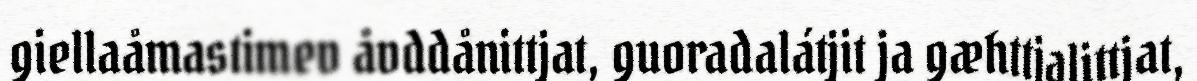
giellaåmastimev åvddånittjat, guoradalátjit ja gæhttjalittjat,